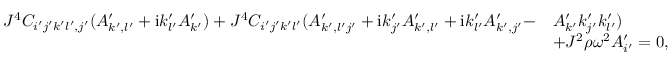
\begin{array} { r l } { J ^ { 4 } C _ { i ^ { \prime } j ^ { \prime } k ^ { \prime } l ^ { \prime } , j ^ { \prime } } ( A _ { k ^ { \prime } , l ^ { \prime } } ^ { \prime } + \mathrm { i } k _ { l ^ { \prime } } ^ { \prime } A _ { k ^ { \prime } } ^ { \prime } ) + J ^ { 4 } C _ { i ^ { \prime } j ^ { \prime } k ^ { \prime } l ^ { \prime } } ( A _ { k ^ { \prime } , l ^ { \prime } j ^ { \prime } } ^ { \prime } + \mathrm { i } k _ { j ^ { \prime } } ^ { \prime } A _ { k ^ { \prime } , l ^ { \prime } } ^ { \prime } + \mathrm { i } k _ { l ^ { \prime } } ^ { \prime } A _ { k ^ { \prime } , j ^ { \prime } } ^ { \prime } - } & { A _ { k ^ { \prime } } ^ { \prime } k _ { j ^ { \prime } } ^ { \prime } k _ { l ^ { \prime } } ^ { \prime } ) } \\ & { + J ^ { 2 } \rho \omega ^ { 2 } A _ { i ^ { \prime } } ^ { \prime } = 0 , } \end{array}